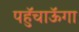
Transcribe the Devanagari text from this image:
पहुॅचाऊॅगा